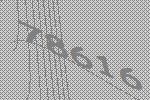
78616